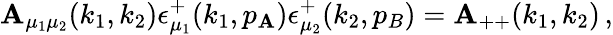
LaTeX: \mathbf{A}_{\mu_{1}\mu_{2}}(k_{1},k_{2})\epsilon_{\mu_{1}}^{+}(k_{1},p_{\mathbf{A}})\epsilon_{\mu_{2}}^{+}(k_{2},p_{B})=\mathbf{A}_{++}(k_{1},k_{2})\, ,